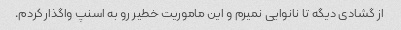
از گشادی دیگه تا نانوایی نمیرم و این ماموریت خطیر رو به اسنپ واگذار کردم.